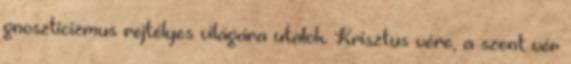
gnoszticizmus rejtélyes világára utalok. Krisztus vére, a szent vér